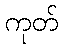
ကုတ်